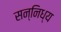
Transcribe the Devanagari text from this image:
सन्निध्य